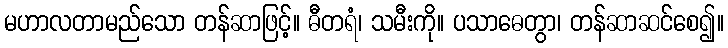
မဟာလတာမည်သော တန်ဆာဖြင့်။ ဓီတရံ၊ သမီးကို။ ပသာဓေတွာ၊ တန်ဆာဆင်စေ၍။